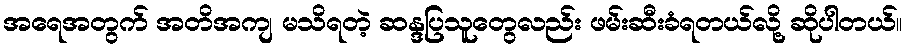
အရေအတွက် အတိအကျ မသိရတဲ့ ဆန္ဒပြသူတွေလည်း ဖမ်းဆီးခံရတယ်လို့ ဆိုပါတယ်။